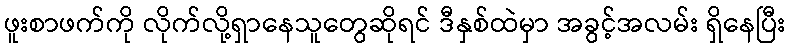
ဖူးစာဖက်ကို လိုက်လို့ရှာနေသူတွေဆိုရင် ဒီနှစ်ထဲမှာ အခွင့်အလမ်း ရှိနေပြီး